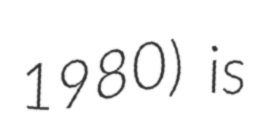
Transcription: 1980) is